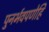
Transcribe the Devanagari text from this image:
पुनर्भवपणेहि